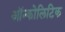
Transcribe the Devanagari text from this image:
ऑन्कोलिटिक